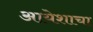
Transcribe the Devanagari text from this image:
आयेशाचा